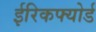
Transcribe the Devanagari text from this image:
ईरिकफ्योर्ड